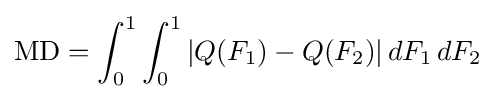
\mathrm {MD} =\int _{0}^{1}\int _{0}^{1}|Q(F_{1})-Q(F_{2})|\,dF_{1}\,dF_{2}